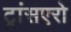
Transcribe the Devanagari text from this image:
ट्रांसएरो